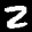
Label: 2